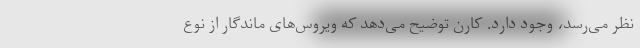
نظر می‌رسد، وجود دارد. کارن توضیح می‌دهد که ویروس‌های ماندگار از نوع